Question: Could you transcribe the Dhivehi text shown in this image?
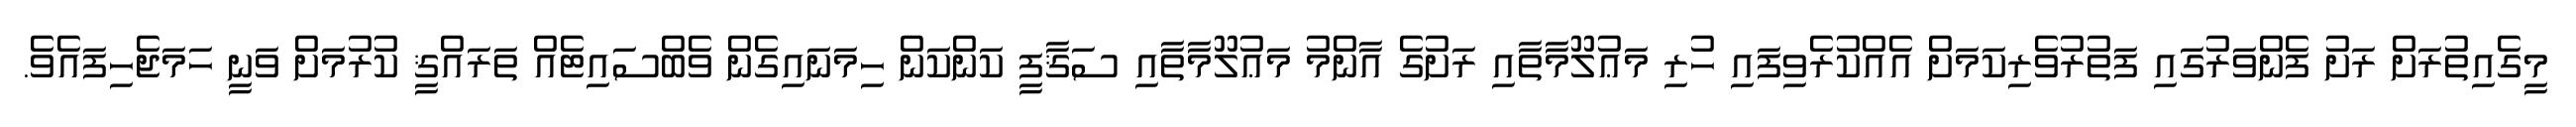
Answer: މީގެއިތުރަށް ރަށު ފެންވަރުގައި ފަތުރުވެރިކަމަށް އެއްކުރެވިފައި ހުރި މަޢުލޫމާތާއި ރަށުގެ އާންމު މަޢުލޫމާތާއި ސަޤާފީ ކަންކަން ހިމަނައިގެން ވެބްސައިޓެއް ތަރައްޤީ ކުރުމަށް ވަނީ ހަމަޖެހިފައެވެ.